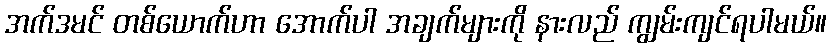
အက်ဒမင် တစ်ယောက်ဟာ အောက်ပါ အချက်များကို နားလည် ကျွမ်းကျင်ရပါမယ်။